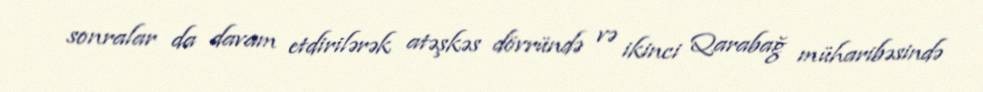
sonralar da davam etdirilərək atəşkəs dövründə və ikinci Qarabağ müharibəsində